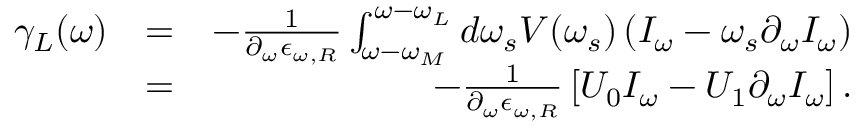
\begin{array} { r l r } { \gamma _ { L } ( \omega ) } & { = } & { - \frac { 1 } { \partial _ { \omega } \epsilon _ { \omega , R } } \int _ { \omega - \omega _ { M } } ^ { \omega - \omega _ { L } } d \omega _ { s } V ( \omega _ { s } ) \left( I _ { \omega } - \omega _ { s } \partial _ { \omega } I _ { \omega } \right) } \\ & { = } & { - \frac { 1 } { \partial _ { \omega } \epsilon _ { \omega , R } } \left[ U _ { 0 } I _ { \omega } - U _ { 1 } \partial _ { \omega } I _ { \omega } \right] . } \end{array}